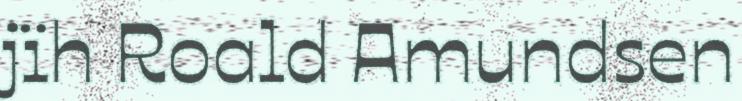
jïh Roald Amundsen